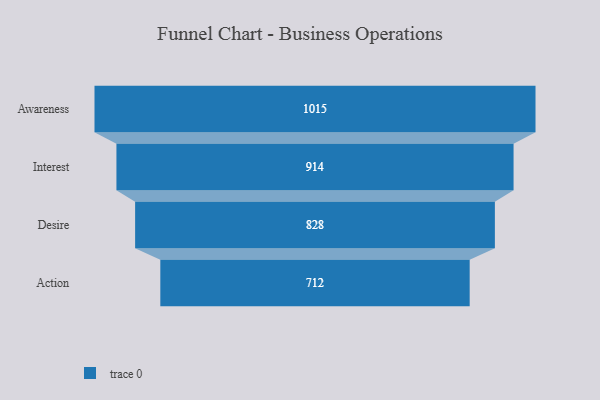
{"axis": {"x": "Stage", "y": "Value"}, "legend": [""], "data": [{"x": "Awareness", "y": 1015.0, "type": ""}, {"x": "Interest", "y": 914.0, "type": ""}, {"x": "Desire", "y": 828.0, "type": ""}, {"x": "Action", "y": 712.0, "type": ""}]}